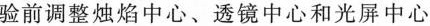
验前调整烛焰中心、透镜中心和光屏中心